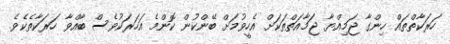
ހަރަކާތްތައް ހިންގާ ޖަމިއްޔާ ޖަމާއަތްތަކަށް އެހީވުމަށް ބޭންކުން ކޮންމެ އަހަރަކުވެސް ބާއްވާ ހަރަކާތެކެވެ.